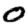
Digit: 0